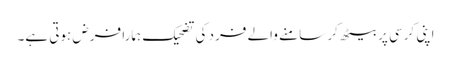
اپنی کرسی پر بیٹھ کر سامنے والے فرد کی تضحیک ہمارا فرض ہوتی ہے۔